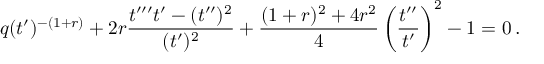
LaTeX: q ( t ^ { \prime } ) ^ { - ( 1 + r ) } + 2 r \frac { t ^ { \prime \prime \prime } t ^ { \prime } - ( t ^ { \prime \prime } ) ^ { 2 } } { ( t ^ { \prime } ) ^ { 2 } } + \frac { ( 1 + r ) ^ { 2 } + 4 r ^ { 2 } } { 4 } \left( \frac { t ^ { \prime \prime } } { t ^ { \prime } } \right) ^ { 2 } - 1 = 0 \, .